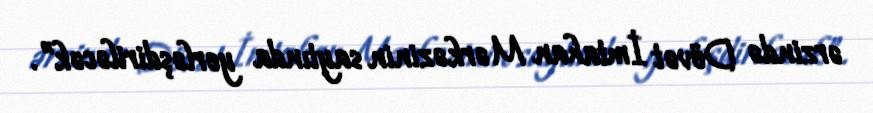
ərzində Dövət İmtahan Mərkəzinin saytında yerləşdiriləcək”.